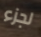
لجزء